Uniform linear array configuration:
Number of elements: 12
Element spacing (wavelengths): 0.5
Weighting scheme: cosine
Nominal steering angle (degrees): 45
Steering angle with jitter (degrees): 45.34
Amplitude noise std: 0.05
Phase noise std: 0.05

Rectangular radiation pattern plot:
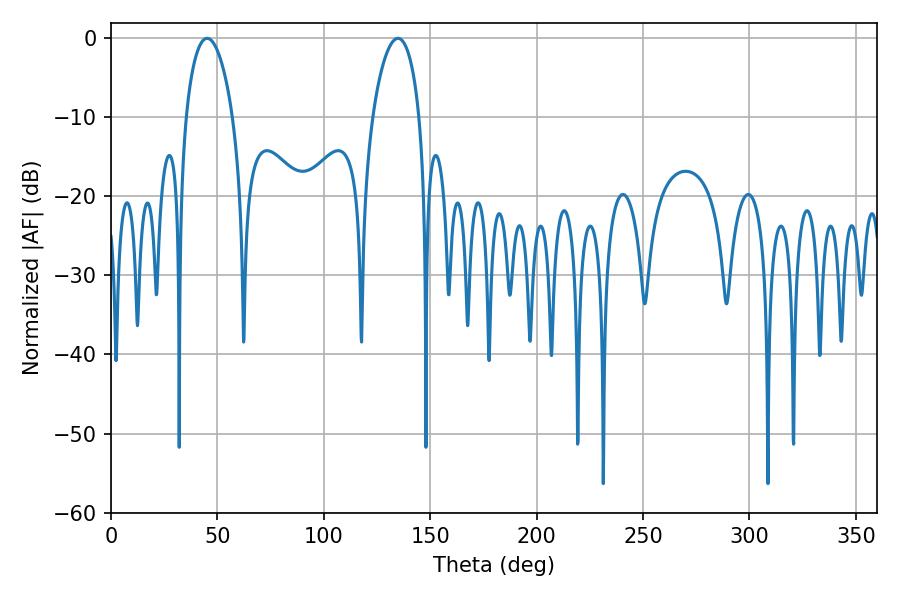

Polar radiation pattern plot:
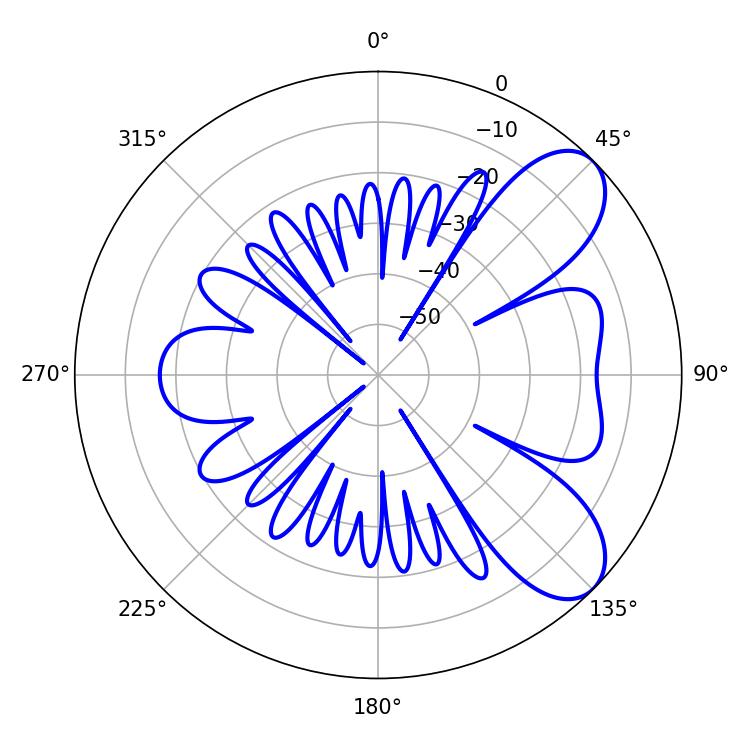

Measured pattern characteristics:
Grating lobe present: FALSE
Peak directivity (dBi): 7.691
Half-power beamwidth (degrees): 12.6
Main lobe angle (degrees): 45.18